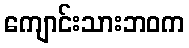
ကျောင်းသားဘဝက